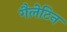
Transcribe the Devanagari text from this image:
गैलेटिन